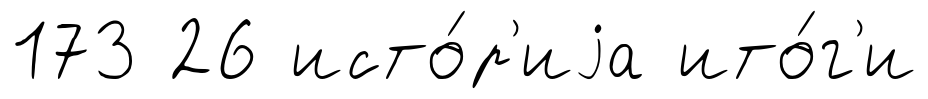
173 26 исто́р'иjа ито́г'и